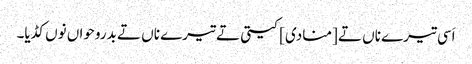
اَسی تیرے ناں تے [منادی] کیتی تے تیرے ناں تے بدروحواں نوں کڈیا۔